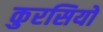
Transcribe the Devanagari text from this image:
कुरसियों